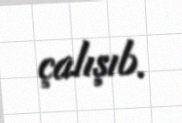
çalışıb.